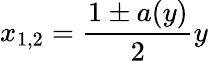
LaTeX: x_{1,2}=\frac{1\pm a(y)}{2}y